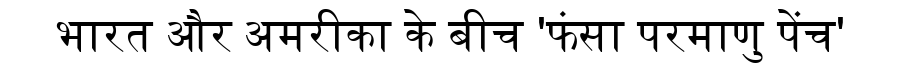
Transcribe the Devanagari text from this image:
भारत और अमरीका के बीच 'फंसा परमाणु पेंच'